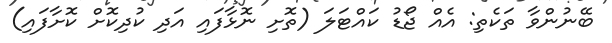
ބޭނުންވާ ތަކެތި: އެއް ޖޯޑު ކައްޓަލަ (ތޮށި ނޮޅާފައި އަދި ކުދިކޮށް ކޮށާފައި)